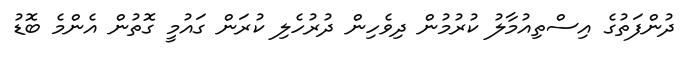
ދުންފަތުގެ އިސްތިއުމާލު ކުރުމުން ދިވެހިން ދުރުހެލި ކުރަން ގައުމީ ގޮތުން އެންމެ ބޮޑު